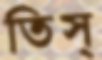
তিস্